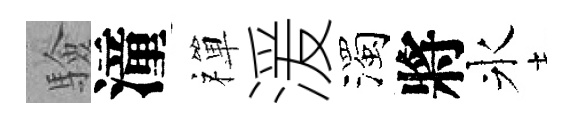
驗潼禪湲濁將氷